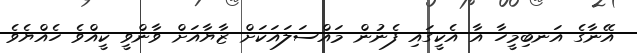
އޭނާގެ އަނބިމީހާ އާ އެކީގައި ފެނުން މައްސަލައަކަށް ޒާޔާއަށް ވާންވީ ކީއްވެ ހެއްޔެވެ